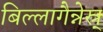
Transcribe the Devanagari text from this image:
बिल्लागैन्नेस्र्